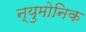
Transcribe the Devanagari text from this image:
न्युमोनिक